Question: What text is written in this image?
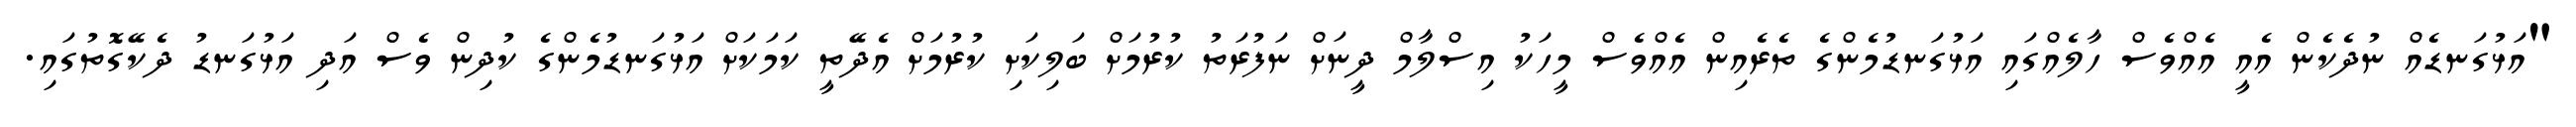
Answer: "އަޅުގަނޑެއް ނުދެކެން އެއީ އެއްވެސް ހާލެއްގައި އަޅުގަނޑުމެންގެ ތެރެއިން އެއްވެސް މީހަކު އިސްލާމް ދީނަށް ނަފުރަތު ކުރުމަށް ބަލިކަށި ކުރުމަށް އެދޭތީ ކަމަކަށް އަޅުގަނޑުމެންގެ ކުދިން ވެސް އަދި އަޅުގަނޑު ދެކޭގޮތުގައި.